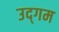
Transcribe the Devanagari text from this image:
उद्‌गम